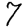
Digit: 7